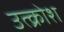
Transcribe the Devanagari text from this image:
उत्क्रोश